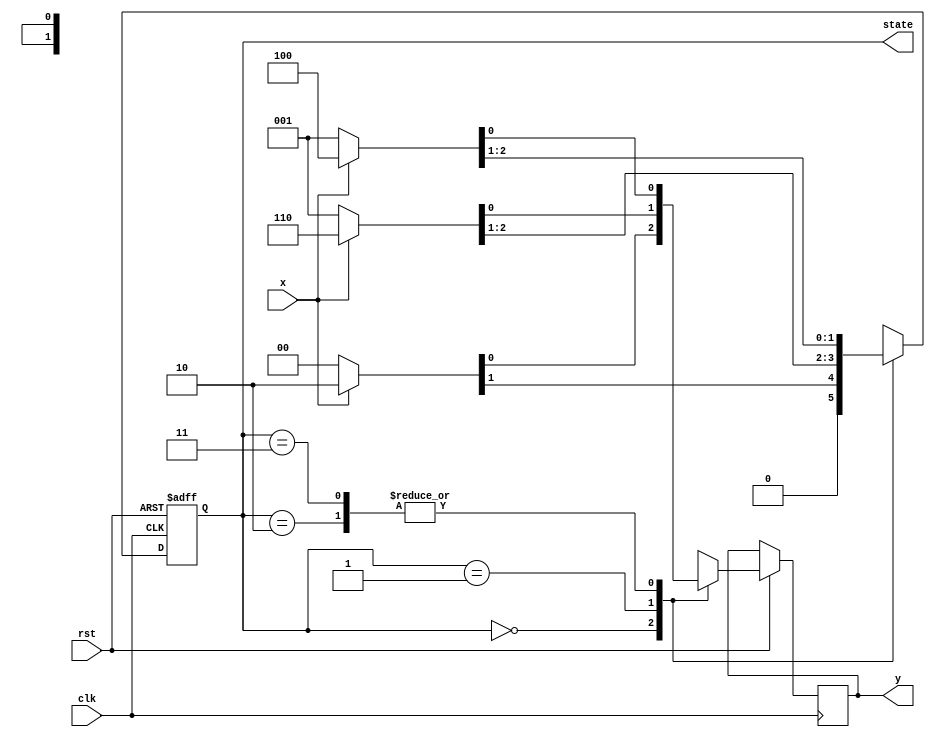


module SM1(clk, rst, x, y, state);

input clk, rst, x;
output reg [1:0] state;
output reg y;

always @(negedge  rst or posedge  clk) begin 
    if(!rst) state <= 2'b11; 
    else begin
        case(state)
            2'b00: {state,y} <= x ? 3'b010 : 3'b000;
            2'b01: {state,y} <= x ? 3'b110 : 3'b001;
            2'b10: {state,y} <= x ? 3'b100 : 3'b001;
            2'b11: {state,y} <= x ? 3'b100 : 3'b001;
        endcase
    end
end         
        
endmodule